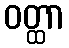
ဝတ္ထာ